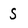
Character: S